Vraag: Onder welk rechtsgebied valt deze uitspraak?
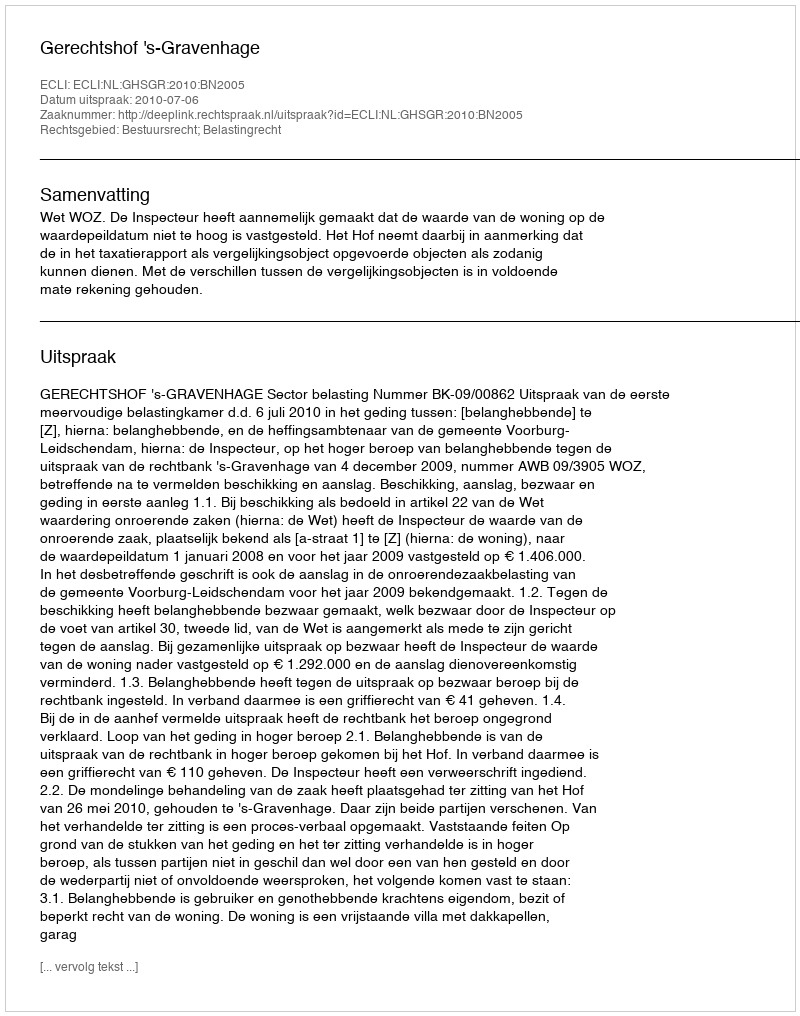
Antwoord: Bestuursrecht; Belastingrecht